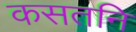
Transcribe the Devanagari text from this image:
कसतनि